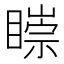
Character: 𥊠